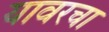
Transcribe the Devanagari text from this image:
यावरचा